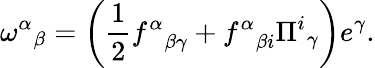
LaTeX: {\omega^{\alpha}}_{\beta}=\left({\frac{1}{2}}{f^{\alpha}}_{\beta\gamma}+{f^{\alpha}}_{\beta i}{\Pi^{i}}_{\gamma}\right)e^{\gamma}.